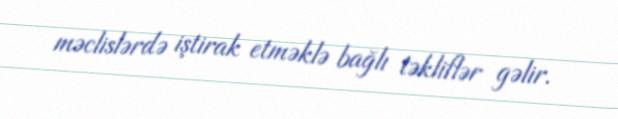
məclislərdə iştirak etməklə bağlı təkliflər gəlir.